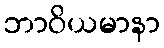
ဘာဝိယမာနာ